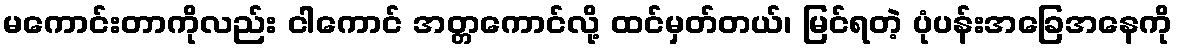
မကောင်းတာကိုလည်း ငါကောင် အတ္တကောင်လို့ ထင်မှတ်တယ်၊ မြင်ရတဲ့ ပုံပန်းအခြေအနေကို